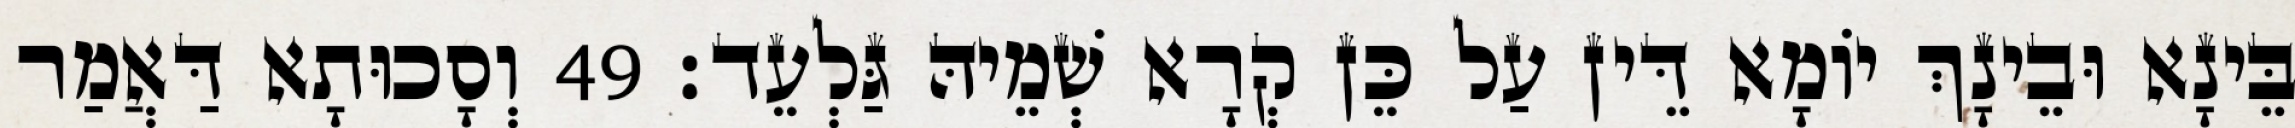
בֵּינָא וּבֵינָךְ יוֹמָא דֵּין עַל כֵּן קְרָא שְׁמֵיהּ גַּלְעֵד׃ 49 וְסָכוּתָא דַּאֲמַר